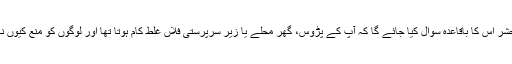
روز محشر اس کا باقاعدہ سوال کیا جائے گا کہ آپ کے پڑوس، گھر محلے یا زیر سرپرستی فلاں غلط کام ہوتا تھا اور لوگوں کو منع کیوں نہیں کیا۔